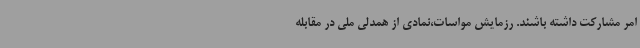
امر مشارکت داشته باشند. رزمایش مواسات،نمادی از همدلی ملی در مقابله